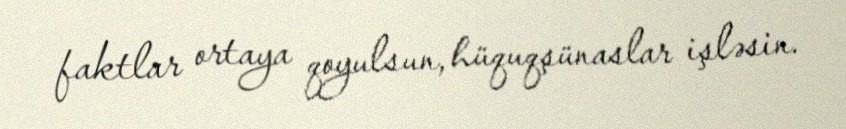
faktlar ortaya qoyulsun, hüquqşünaslar işləsin.